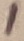
Text: 1